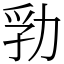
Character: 㔜